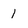
Character: 1